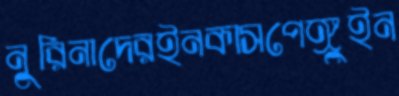
নুরিনাদেরইনকাসপেঙ্গুইন